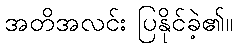
အတိအလင်း ပြနိုင်ခဲ့၏။